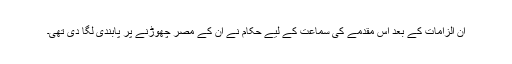
ان الزامات کے بعد اس مقدمے کی سماعت کے لیے حکام نے ان کے مصر چھوڑنے پر پابندی لگا دی تھی۔